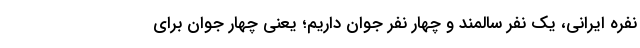
نفره ایرانی، یک نفر سالمند و چهار نفر جوان داریم؛ یعنی چهار جوان برای